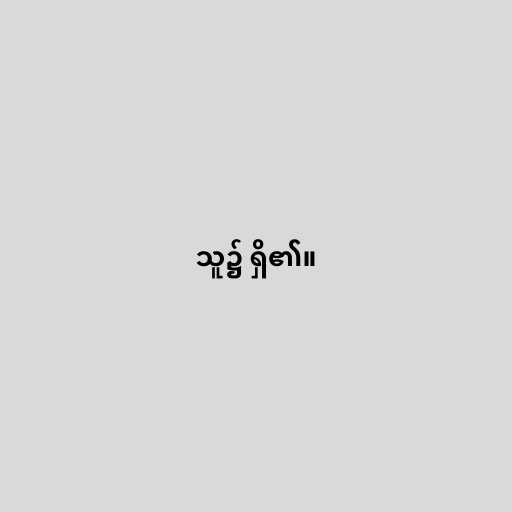
သူ၌ ရှိ၏။